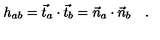
h _ { a b } = \vec { t } _ { a } \cdot \vec { t } _ { b } = \vec { n } _ { a } \cdot \vec { n } _ { b } \quad .